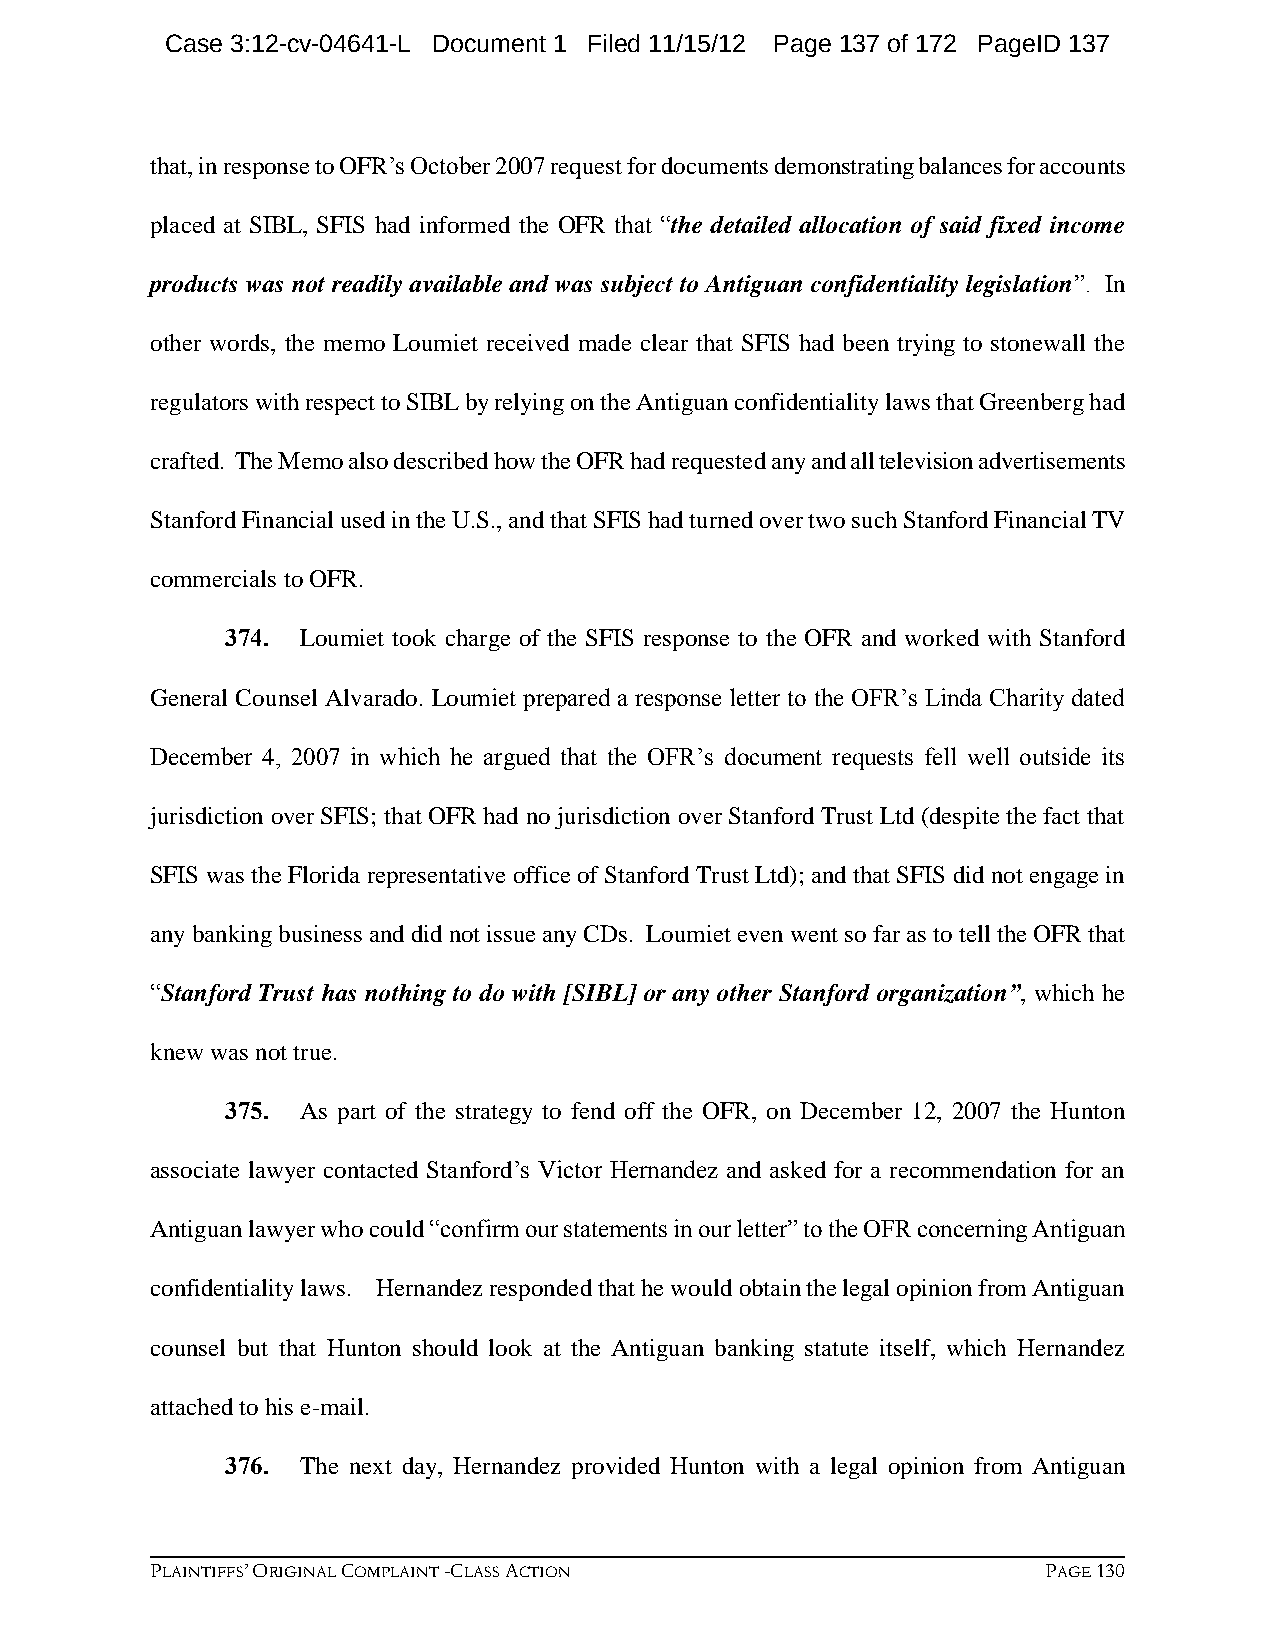
Case 3:12-cv-04641-L Document 1 Filed 11/15/12 Page 137 of 172 PageID 137
 that, in response to OFR’s October 2007 request for documents demonstrating balances for accounts
 placed at SIBL, SFIS had informed the OFR that “the detailed allocation of said fixed income
 products was not readily available and was subject to Antiguan confidentiality legislation”. In
 other words, the memo Loumiet received made clear that SFIS had been trying to stonewall the
 regulators with respect to SIBL by relying on the Antiguan confidentiality laws that Greenberg had
 crafted. The Memo also described how the OFR had requested any and all television advertisements
 Stanford Financial used in the U.S., and that SFIS had turned over two such Stanford Financial TV
 commercials to OFR.
 374. Loumiet took charge of the SFIS response to the OFR and worked with Stanford
 General Counsel Alvarado. Loumiet prepared a response letter to the OFR’s Linda Charity dated
 December 4, 2007 in which he argued that the OFR’s document requests fell well outside its
 jurisdiction over SFIS; that OFR had no jurisdiction over Stanford Trust Ltd (despite the fact that
 SFIS was the Florida representative office of Stanford Trust Ltd); and that SFIS did not engage in
 any banking business and did not issue any CDs. Loumiet even went so far as to tell the OFR that
 “Stanford Trust has nothing to do with [SIBL] or any other Stanford organization”, which he
 knew was not true.
 375. As part of the strategy to fend off the OFR, on December 12, 2007 the Hunton
 associate lawyer contacted Stanford’s Victor Hernandez and asked for a recommendation for an
 Antiguan lawyer who could “confirm our statements in our letter” to the OFR concerning Antiguan
 confidentiality laws. Hernandez responded that he would obtain the legal opinion from Antiguan
 counsel but that Hunton should look at the Antiguan banking statute itself, which Hernandez
 attached to his e-mail.
 376. The next day, Hernandez provided Hunton with a legal opinion from Antiguan
 PLAINTIFFS’ ORIGINAL COMPLAINT -CLASS ACTION               PAGE 130